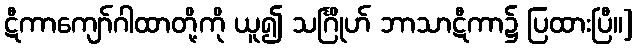
ဋီကာကျော်ဂါထာတို့ကို ယူ၍ သင်္ဂြိုဟ် ဘာသာဋီကာ၌ ပြထားပြီ။]